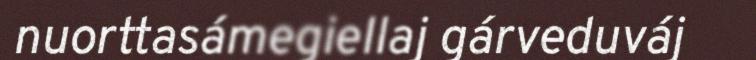
nuorttasámegiellaj gárveduváj